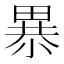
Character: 𰣎